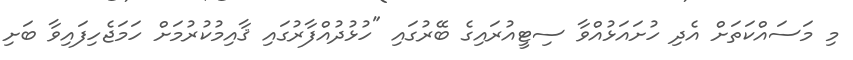
މި މަސައްކަތަށް އެދި ހުށައަޅުއްވާ ސިޓީއުރައިގެ ބޭރުގައި "ހުޅުދުއްފާރުގައި ޤާއިމުކުރުމަށް ހަމަޖެހިފައިވާ ބަށި